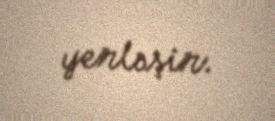
yerləşir.